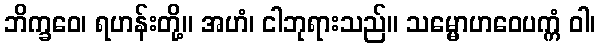
ဘိက္ခဝေ၊ ရဟန်းတို့။ အဟံ၊ ငါဘုရားသည်။ သမ္မောဟဝေပက္ကံ ဝါ၊